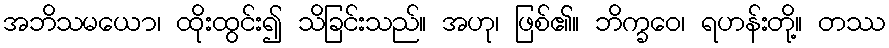
အဘိသမယော၊ ထိုးထွင်း၍ သိခြင်းသည်။ အဟု၊ ဖြစ်၏။ ဘိက္ခဝေ၊ ရဟန်းတို့။ တဿ